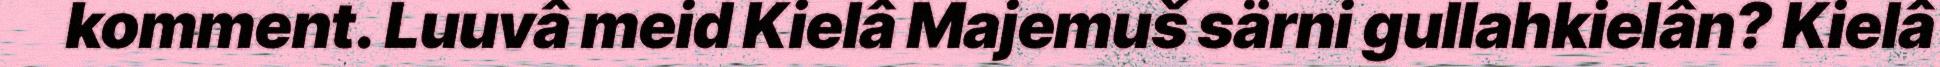
komment. Luuvâ meid Kielâ Majemuš särni gullahkielân? Kielâ